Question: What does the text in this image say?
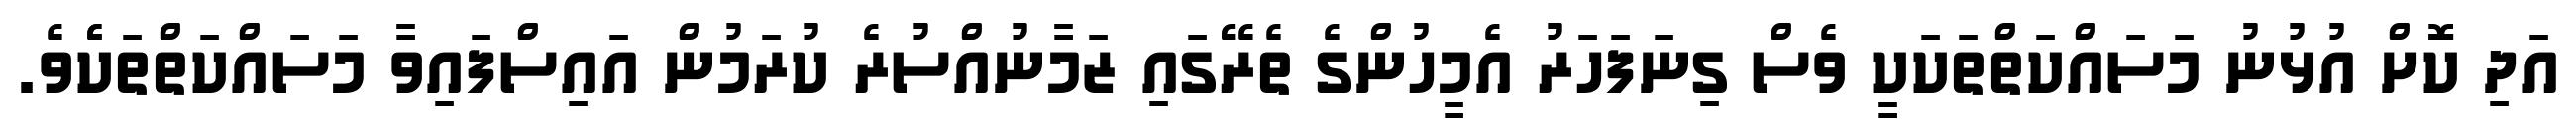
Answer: އަދި ކޮށް އުޅުނު މަސައްކަތްތަކަކީ ވެސް ގިނަފަހަރު އެމީހުންގެ ތެރޭގައި ޒަމާނުއްސުރެ ކުރަމުން އައިސްފައިވާ މަސައްކަތްތަކެެވެ.